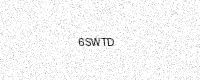
Text: 6SWTD